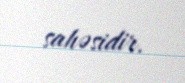
sahəsidir.